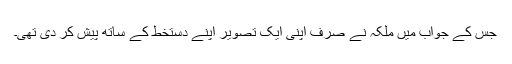
جس کے جواب میں ملکہ نے صرف اپنی ایک تصویر اپنے دستخط کے ساتھ پیش کر دی تھی۔